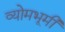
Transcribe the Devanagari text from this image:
व्योमभूमी